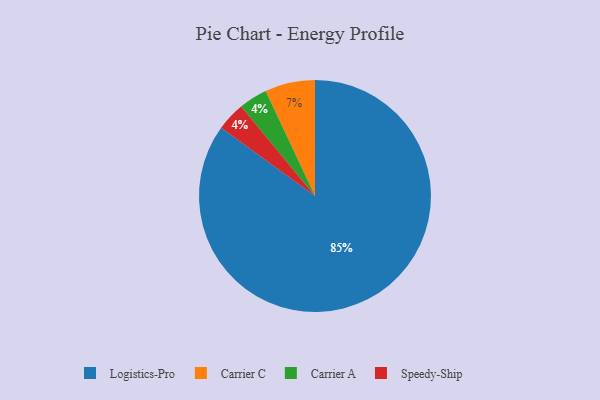
{"axis": {"x": "Category", "y": "Percentage"}, "legend": ["Carrier A", "Carrier C", "Logistics-Pro", "Speedy-Ship"], "data": [{"x": "Carrier C", "y": 7, "type": "Carrier C"}, {"x": "Carrier A", "y": 4, "type": "Carrier A"}, {"x": "Logistics-Pro", "y": 85, "type": "Logistics-Pro"}, {"x": "Speedy-Ship", "y": 4, "type": "Speedy-Ship"}]}